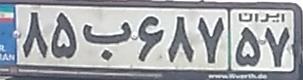
۸۵ب۶۸۷۵۷